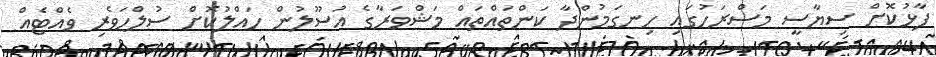
ފާޅުކޮށް ސިޔާސީ މަސްރަހުގައި ހިނގަމުންދާ ކަންތައްތައް މަޝްވަރާގެ އުސޫލުން ހައްލުކޮށް ސުލްހަވެރި ވެއްޓެއް